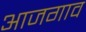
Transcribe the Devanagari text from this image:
आजगाव